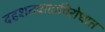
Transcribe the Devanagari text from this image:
दहशतवादाविरोधात